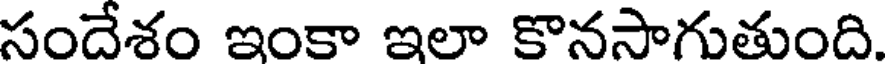
సందేశం ఇంకా ఇలా కొనసాగుతుంది.